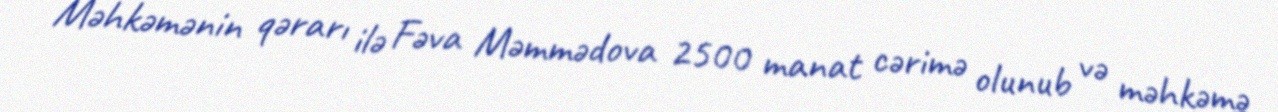
Məhkəmənin qərarı ilə Fəva Məmmədova 2500 manat cərimə olunub və məhkəmə